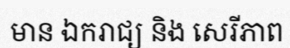
មាន ឯករាជ្យ និង សេរីភាព